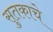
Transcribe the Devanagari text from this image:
सुतकाचे